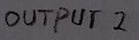
Text: OUTPUT 2